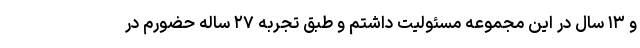
و ۱۳ سال در این مجموعه مسئولیت داشتم و طبق تجربه ۲۷ ساله حضورم در